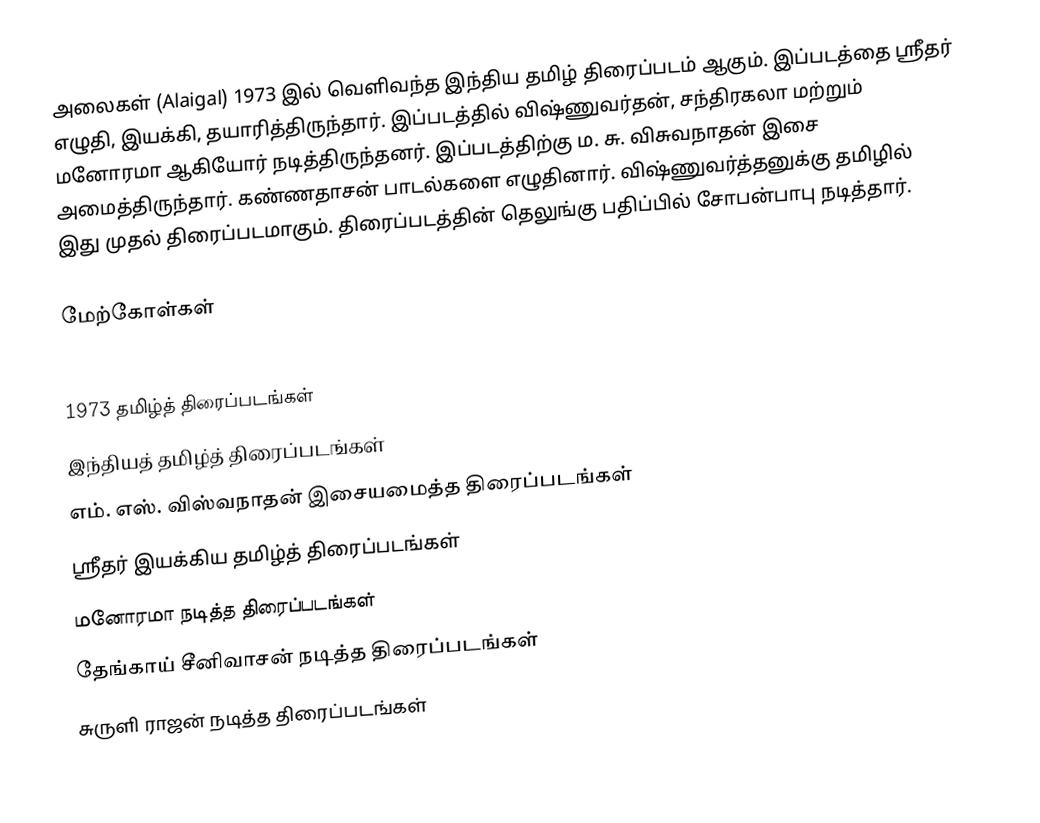
அலைகள் (Alaigal) 1973 இல் வெளிவந்த இந்திய தமிழ் திரைப்படம் ஆகும். இப்படத்தை ஸ்ரீதர் எழுதி, இயக்கி, தயாரித்திருந்தார். இப்படத்தில் விஷ்ணுவர்தன், சந்திரகலா மற்றும் மனோரமா   ஆகியோர் நடித்திருந்தனர். இப்படத்திற்கு ம. சு. விசுவநாதன் இசை அமைத்திருந்தார். கண்ணதாசன் பாடல்களை எழுதினார். விஷ்ணுவர்த்தனுக்கு தமிழில் இது முதல் திரைப்படமாகும். திரைப்படத்தின் தெலுங்கு பதிப்பில் சோபன்பாபு நடித்தார்.

மேற்கோள்கள்

1973 தமிழ்த் திரைப்படங்கள்
இந்தியத் தமிழ்த் திரைப்படங்கள்
எம். எஸ். விஸ்வநாதன் இசையமைத்த திரைப்படங்கள்
ஸ்ரீதர் இயக்கிய தமிழ்த் திரைப்படங்கள்
மனோரமா நடித்த திரைப்படங்கள்
தேங்காய் சீனிவாசன் நடித்த திரைப்படங்கள்
சுருளி ராஜன் நடித்த திரைப்படங்கள்